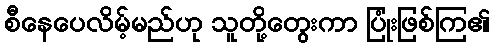
စီနေပေလိမ့်မည်ဟု သူတို့တွေးကာ ပြုံးဖြစ်ကြ၏